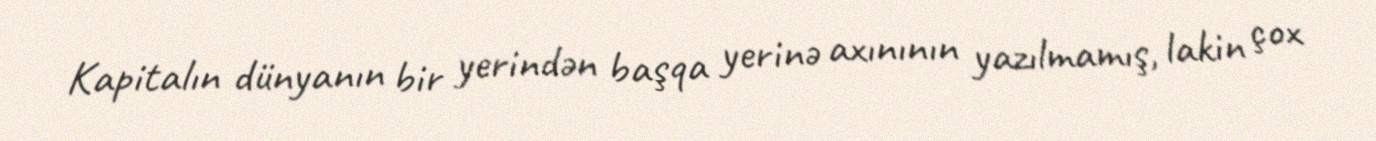
Kapitalın dünyanın bir yerindən başqa yerinə axınının yazılmamış, lakin çox